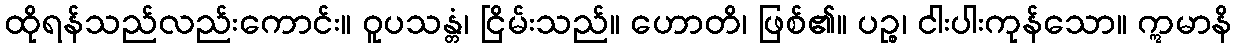
ထိုရန်သည်လည်းကောင်း။ ဝူပသန္တံ၊ ငြိမ်းသည်။ ဟောတိ၊ ဖြစ်၏။ ပဉ္စ၊ ငါးပါးကုန်သော။ ဣမာနိ